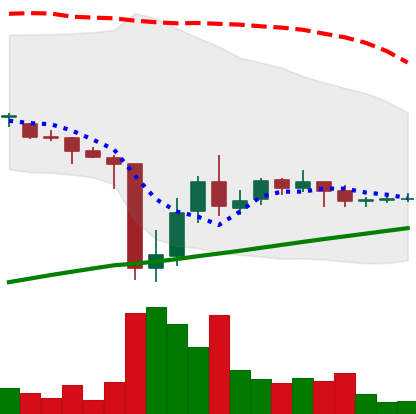
Ticker: DOGE-USD
Chart end date: 2021-07-04
Forward return: -10.8%
Label: down_7plus